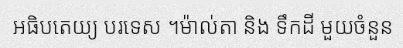
អធិបតេយ្យ បរទេស ។ម៉ាល់តា និង ទឹកដី មួយចំនួន